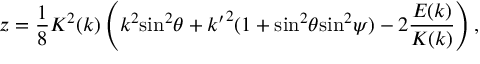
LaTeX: z = { \frac { 1 } { 8 } } K ^ { 2 } ( k ) \left( k ^ { 2 } { \sin } ^ { 2 } \theta + { k ^ { \prime } } ^ { 2 } ( 1 + { \sin } ^ { 2 } \theta { \sin } ^ { 2 } \psi ) - 2 { \frac { E ( k ) } { K ( k ) } } \right) ,